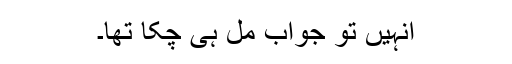
انہیں تو جواب مل ہی چکا تھا۔